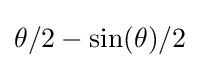
\theta /2-\sin(\theta )/2